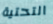
التحتية